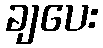
ချပေး